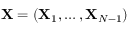
{ \mathbf { X } } = ( { \mathbf { X } } _ { 1 } , \ldots , { \mathbf { X } } _ { N - 1 } )